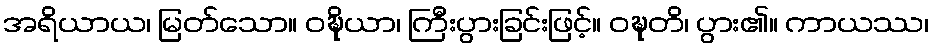
အရိယာယ၊ မြတ်သော။ ဝဍ္ဎိယာ၊ ကြီးပွားခြင်းဖြင့်။ ဝဍ္ဎတိ၊ ပွား၏။ ကာယဿ၊